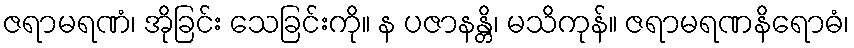
ဇရာမရဏံ၊ အိုခြင်း သေခြင်းကို။ န ပဇာနန္တိ၊ မသိကုန်။ ဇရာမရဏနိရောဓံ၊